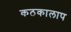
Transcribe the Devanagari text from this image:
कठकालाप